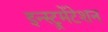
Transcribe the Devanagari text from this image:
इन्स्ट्रूमेंटेशन